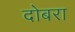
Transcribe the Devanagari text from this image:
दोबरा